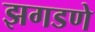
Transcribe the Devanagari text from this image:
झगडणे